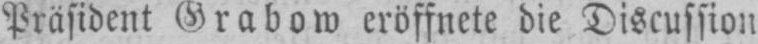
Präsident Grabow eröffnete die Discussion